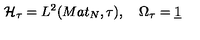
\mathcal { H } _ { \tau } = L ^ { 2 } ( M a t _ { N } , \tau ) , \quad \Omega _ { \tau } = \underline { { 1 } }